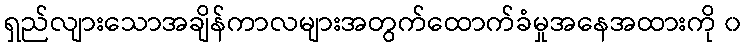
ရှည်လျားသောအချိန်ကာလများအတွက်ထောက်ခံမှုအနေအထားကို ၀